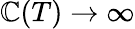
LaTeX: \mathbb{C}(T)\to\infty